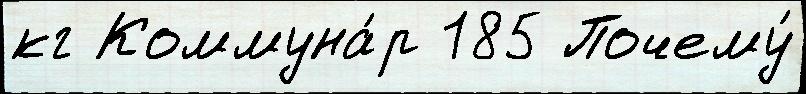
кг Коммуна́р 185 Почему́